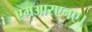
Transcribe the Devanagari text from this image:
एमआरएनए।